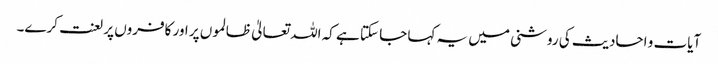
آیات و احادیث کی روشنی میں یہ کہا جا سکتا ہے کہ اللہ تعالیٰ ظالموں پر اور کافروں پر لعنت کرے۔